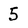
Character: 5